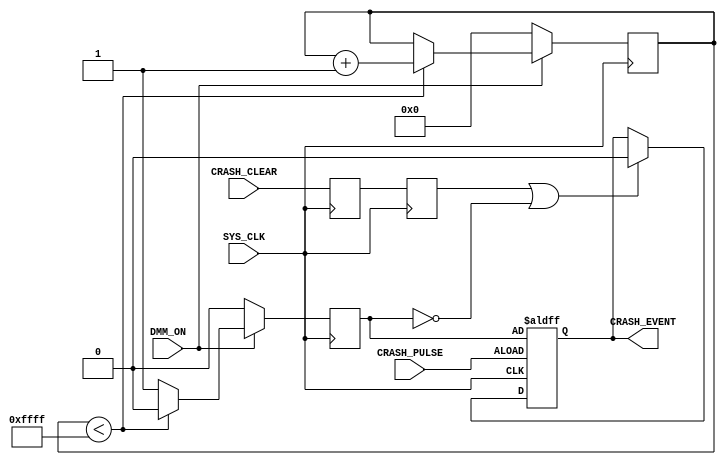
// Copyright (C) 1991-2012 Altera Corporation
// Your use of Altera Corporation's design tools, logic functions 
// and other software and tools, and its AMPP partner logic 
// functions, and any output files from any of the foregoing 
// (including device programming or simulation files), and any 
// associated documentation or information are expressly subject 
// to the terms and conditions of the Altera Program License 
// Subscription Agreement, Altera MegaCore Function License 
// Agreement, or other applicable license agreement, including, 
// without limitation, that your use is for the sole purpose of 
// programming logic devices manufactured by Altera and sold by 
// Altera or its authorized distributors.  Please refer to the 
// applicable agreement for further details.

// PROGRAM		"Quartus II 32-bit"
// VERSION		"Version 12.1 Build 177 11/07/2012 SJ Full Version"
// CREATED		"Wed Dec 05 15:08:26 2012"

module BufSig(
input 		CRASH_CLEAR,			//Source  : DMM MSP GPIO3.5
input 		CRASH_PULSE,			//Source	 : = XAXIS OR YAXIS OR ZAXIS
input 		SYS_CLK,					//32 KHz clock, generated internally
input			DMM_ON,					//DMM MSP power on (active HIGH)
output reg	CRASH_EVENT = 0		//To 		 : DMM MSP GPIO1.2, held LOW after power ON
);

reg	crash_clear_delay1 	= 0;
reg	crash_clear_delay2 	= 0;
reg 	crash_su_dly 			= 0;

always@(posedge CRASH_PULSE or posedge SYS_CLK)
begin
	if (CRASH_PULSE)												//set CRASH_EVENT on the positive edge of CRASH_PULSE
		CRASH_EVENT <= crash_su_dly;
	else if (crash_clear_delay2 || !crash_su_dly)		//clear CRASH_EVENT on CRASH_CLEAR delayed by 2X32KHz clock cycles (~31us to ~62us) or within 2 seconds of DMM MSP power on
		CRASH_EVENT <= 1'b0;
	else
		CRASH_EVENT <= CRASH_EVENT;
end


always@(posedge SYS_CLK)										//CRASH_CLEAR is delayed by two clock cycles
begin
	begin
		crash_clear_delay1 <= CRASH_CLEAR;
		crash_clear_delay2 <= crash_clear_delay1;
	end
end

reg [15:0] crash_ctr	= 0;										//Keep CRASH_EVENT clear for 2 seconds after DMM MSP power is turned on
always @ (posedge SYS_CLK)
begin
if (!DMM_ON)
	begin
	crash_ctr <= 0;
	crash_su_dly <= 0;
	end
else if (crash_ctr < 16'hFFFF)
	begin
	crash_ctr <= crash_ctr + 16'h0001;
	crash_su_dly <= 0;
	end
else 
	begin
	crash_ctr <= crash_ctr;
	crash_su_dly <= 1;
	end
end	
	

endmodule